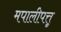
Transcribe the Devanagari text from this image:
मपालीपत्तू